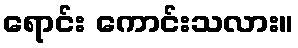
ရောင်း ကောင်းသလား။